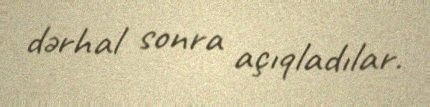
dərhal sonra açıqladılar.